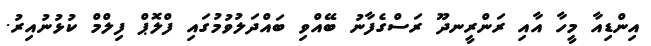
އިންޑިއާ މީހާ އާއި ރަންރީނދޫ ރަސްގެފާނު ބޭއްވި ބައްދަލުވުމުގައި ފްލޮޕް ފިލްމް ކުޅުނުއިރު.